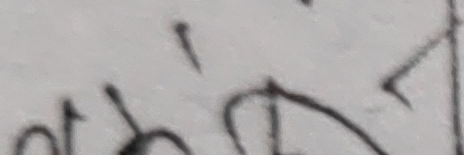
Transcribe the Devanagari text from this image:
छझन